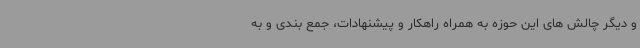
و دیگر چالش های این حوزه به همراه راهکار و پیشنهادات، جمع بندی و به